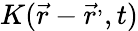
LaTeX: K({\vec{r}}-{\vec{r}}^{,},t)